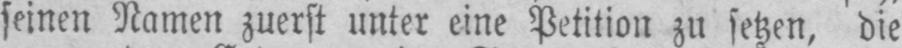
seinen Namen zuerst unter eine Petition zu setzen, die